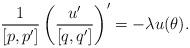
LaTeX: \begin{align*}\frac{1}{[p,p']} \left( \frac{ u' }{[q,q'] } \right)'=-\lambda u(\theta).\end{align*}